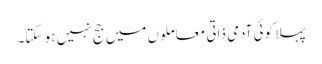
پہلا کوئی آدمی ذاتی معاملوں میں جج نہیں ہو سکتا۔